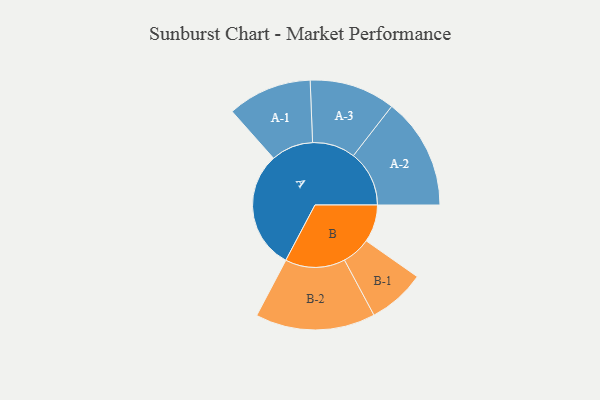
{"axis": {"x": "Segment", "y": "Value"}, "legend": ["", "A", "B"], "data": [{"x": "A", "y": 458, "type": ""}, {"x": "B", "y": 145, "type": ""}, {"x": "A-1", "y": 163, "type": "A"}, {"x": "A-2", "y": 216, "type": "A"}, {"x": "A-3", "y": 166, "type": "A"}, {"x": "B-1", "y": 111, "type": "B"}, {"x": "B-2", "y": 232, "type": "B"}]}